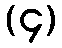
(၄)